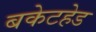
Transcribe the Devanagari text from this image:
बकेटहेड